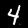
Digit: 4